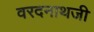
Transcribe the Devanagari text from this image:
वरदनाथजी